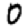
Digit: 0